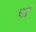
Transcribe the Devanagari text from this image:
चरें